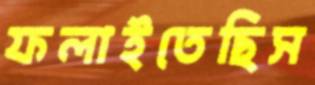
ফলাইতেছিস